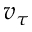
v _ { \tau }